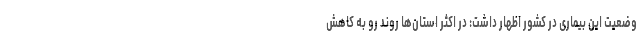
وضعیت این بیماری در کشور اظهار داشت: در اکثر استان‌ها روند رو به کاهش